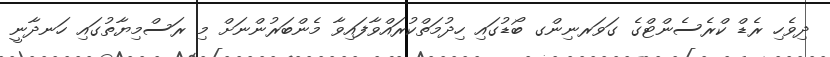
ދިވެހި ރެޑް ކްރެސެންޓްގެ ގަވަރނިންގ ބޯޑުގައި ހިދުމަތްކުރައްވާފައިވާ މެންބަރުންނަށް މި ރަސްމިޔާތުގައި ހަނދާނީ